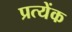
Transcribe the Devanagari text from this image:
प्रत्येंक